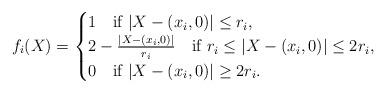
LaTeX: \begin{align*}f_i(X)=\begin{cases}1\quad\mbox{if }|X-(x_i,0)|\le r_i,\\2-\frac{|X-(x_i,0)|}{r_i}\quad\mbox{if }r_i\le |X-(x_i,0)|\le 2r_i,\\0\quad\mbox{if }|X-(x_i,0)|\ge 2r_i.\end{cases}\end{align*}